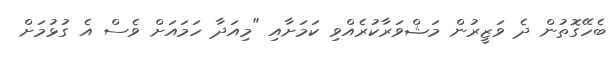
ބެހޭގޮތުން ދެ ވަޒީރުން މަޝްވަރާކުރެއްވި ކަމަށާއި "މިއަދާ ހަމައަށް ވެސް އެ ގުޅުމަށް